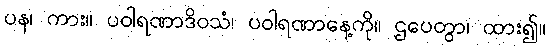
ပန၊ ကား။ ပဝါရဏာဒိဝသံ၊ ပဝါရဏာနေ့ကို။ ဌပေတွာ၊ ထား၍။